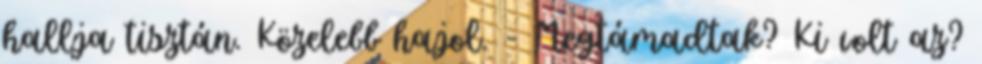
hallja tisztán. Közelebb hajol. - Megtámadtak? Ki volt az?